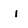
Character: i